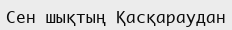
Сен шықтың Қасқараудан